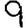
Digit: 9